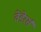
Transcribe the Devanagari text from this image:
वेंडेरर्स